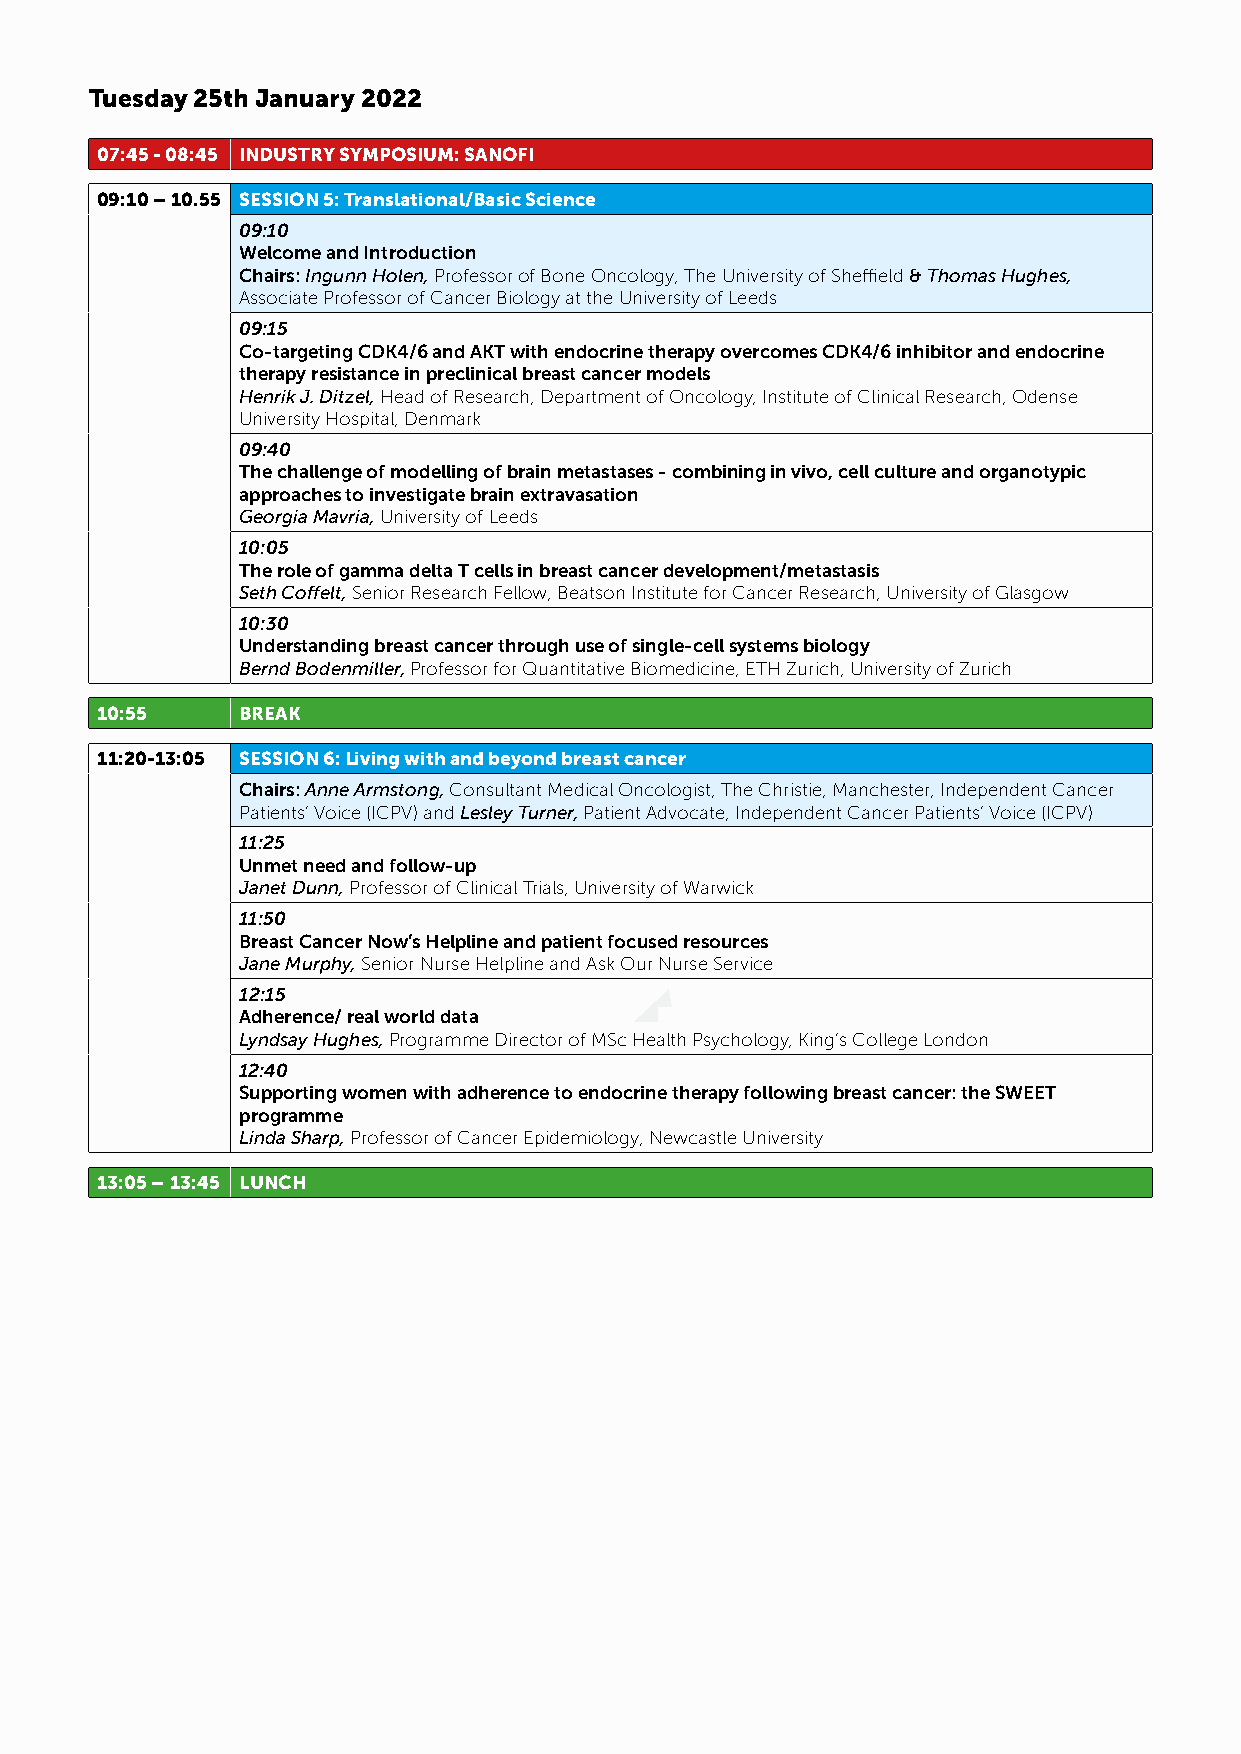
Tuesday 25th January 2022
 07:45 - 08:45 INDUSTRY SYMPOSIUM: SANOFI
 09:10 – 10.55 SESSION 5: Translational/Basic Science
 09:10
 Welcome and Introduction
 Chairs: Ingunn Holen, Professor of Bone Oncology, The University of Sheffield & Thomas Hughes,
 Associate Professor of Cancer Biology at the University of Leeds
 09:15
 Co-targeting CDK4/6 and AKT with endocrine therapy overcomes CDK4/6 inhibitor and endocrine
 therapy resistance in preclinical breast cancer models
 Henrik J. Ditzel, Head of Research, Department of Oncology, Institute of Clinical Research, Odense
 University Hospital, Denmark
 09:40
 The challenge of modelling of brain metastases - combining in vivo, cell culture and organotypic
 approaches to investigate brain extravasation
 Georgia Mavria, University of Leeds
 10:05
 The role of gamma delta T cells in breast cancer development/metastasis
 Seth Coffelt, Senior Research Fellow, Beatson Institute for Cancer Research, University of Glasgow
 10:30
 Understanding breast cancer through use of single-cell systems biology
 Bernd Bodenmiller, Professor for Quantitative Biomedicine, ETH Zurich, University of Zurich
 10:55     BREAK
 11:20-13:05 SESSION 6: Living with and beyond breast cancer
 Chairs: Anne Armstong, Consultant Medical Oncologist, The Christie, Manchester, Independent Cancer
 Patients’ Voice (ICPV) and Lesley Turner, Patient Advocate, Independent Cancer Patients’ Voice (ICPV)
 11:25
 Unmet need and follow-up
 Janet Dunn, Professor of Clinical Trials, University of Warwick
 11:50
 Breast Cancer Now’s Helpline and patient focused resources
 Jane Murphy, Senior Nurse Helpline and Ask Our Nurse Service
 12:15
 Adherence/ real world data
 Lyndsay Hughes, Programme Director of MSc Health Psychology, King’s College London
 12:40
 Supporting women with adherence to endocrine therapy following breast cancer: the SWEET
 programme
 Linda Sharp, Professor of Cancer Epidemiology, Newcastle University
 13:05 – 13:45 LUNCH